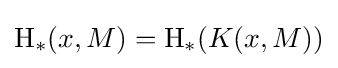
\operatorname {H} _{*}(x,M)=\operatorname {H} _{*}(K(x,M))